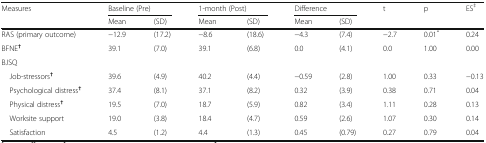
<table><thead><tr><td rowspan="2"><b>Measures</b></td><td colspan="2"><b>Baseline (Pre)</b></td><td colspan="2"><b>1-month (Post)</b></td><td colspan="2"><b>Difference</b></td><td rowspan="2"><b>t</b></td><td rowspan="2"><b>p</b></td><td rowspan="2"><b>ES<sup>‡</sup></b></td></tr><tr><td><b>Mean</b></td><td><b>(SD)</b></td><td><b>Mean</b></td><td><b>(SD)</b></td><td><b>Mean</b></td><td><b>(SD)</b></td></tr></thead><tbody><tr><td>RAS (primary outcome)</td><td>−12.9</td><td>(17.2)</td><td>−8.6</td><td>(18.6)</td><td>−4.3</td><td>(7.4)</td><td>−2.7</td><td>0.01<sup>*</sup></td><td>0.24</td></tr><tr><td>BFNE<sup><b>†</b></sup></td><td>39.1</td><td>(7.0)</td><td>39.1</td><td>(6.8)</td><td>0.0</td><td>(4.1)</td><td>0.0</td><td>1.00</td><td>0.00</td></tr><tr><td colspan="10">BJSQ</td></tr><tr><td> Job-stressors<sup><b>†</b></sup></td><td>39.6</td><td>(4.9)</td><td>40.2</td><td>(4.4)</td><td>−0.59</td><td>(2.8)</td><td>1.00</td><td>0.33</td><td>−0.13</td></tr><tr><td> Psychological distress<sup><b>†</b></sup></td><td>37.4</td><td>(8.1)</td><td>37.1</td><td>(8.2)</td><td>0.32</td><td>(3.9)</td><td>0.38</td><td>0.71</td><td>0.04</td></tr><tr><td> Physical distress<sup><b>†</b></sup></td><td>19.5</td><td>(7.0)</td><td>18.7</td><td>(5.9)</td><td>0.82</td><td>(3.4)</td><td>1.11</td><td>0.28</td><td>0.13</td></tr><tr><td> Worksite support</td><td>19.0</td><td>(3.8)</td><td>18.4</td><td>(4.7)</td><td>0.59</td><td>(2.6)</td><td>1.07</td><td>0.30</td><td>0.14</td></tr><tr><td> Satisfaction</td><td>4.5</td><td>(1.2)</td><td>4.4</td><td>(1.3)</td><td>0.45</td><td>(0.79)</td><td>0.27</td><td>0.79</td><td>0.04</td></tr></tbody></table>